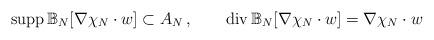
LaTeX: \begin{align*}{\rm supp}\, \mathbb{B}_N [\nabla \chi_N \cdot w] \subset A_N\,, ~~~~~~ {\rm div}\, \mathbb{B}_N [\nabla \chi_N \cdot w] = \nabla \chi_N \cdot w\end{align*}